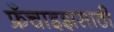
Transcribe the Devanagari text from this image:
फ्रँचाइझसाठी